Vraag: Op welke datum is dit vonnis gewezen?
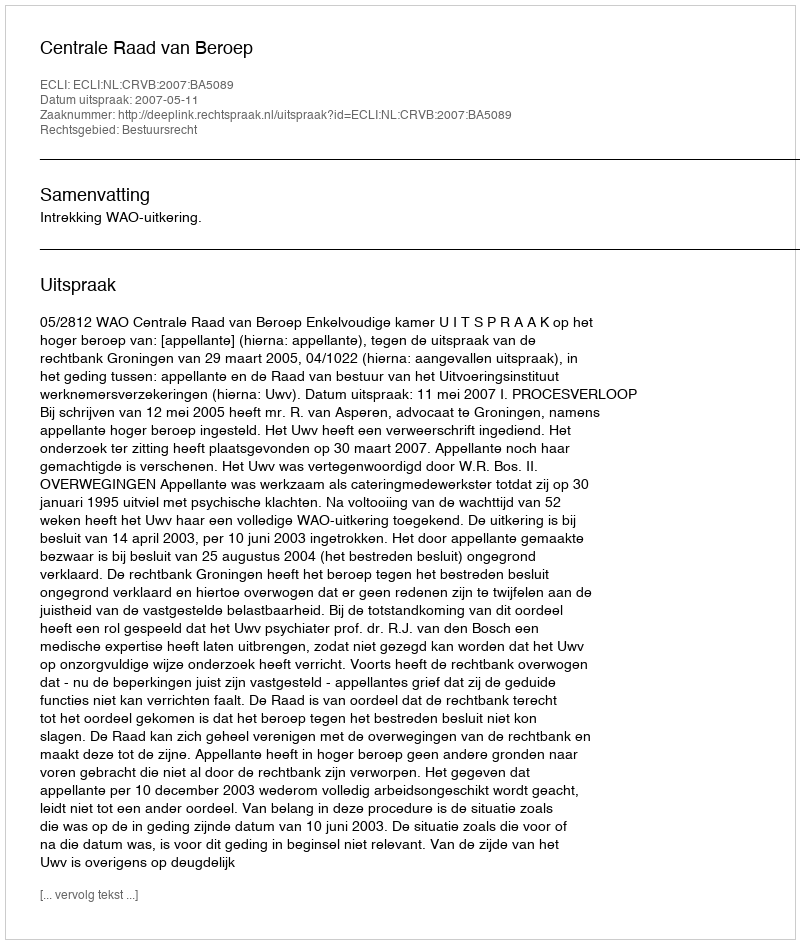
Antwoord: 2007-05-11